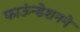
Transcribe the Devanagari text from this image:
फाऊंन्‍डेशनने